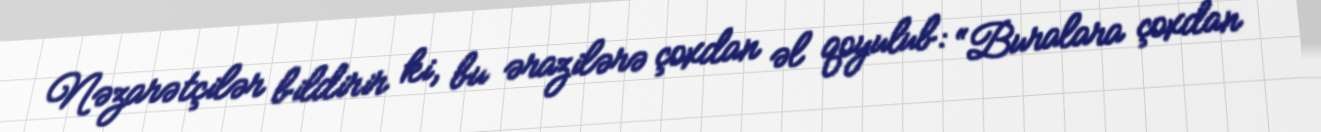
Nəzarətçilər bildirir ki, bu ərazilərə çoxdan əl qoyulub: “Buralara çoxdan